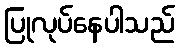
ပြုလုပ်နေပါသည်